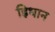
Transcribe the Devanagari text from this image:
ह्रिधान